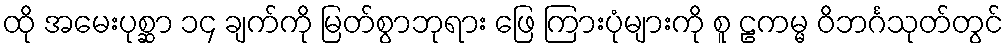
ထို အမေးပုစ္ဆာ ၁၄ ချက်ကို မြတ်စွာဘုရား ဖြေ ကြားပုံများကို စူ ဠကမ္မ ဝိဘင်္ဂသုတ်တွင်